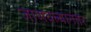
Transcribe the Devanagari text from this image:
जाणवल्यानंतर